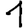
Digit: 1